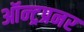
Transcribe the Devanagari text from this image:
ऑन्ट्रप्रनर